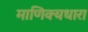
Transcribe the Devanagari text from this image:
माणिक्यधारा